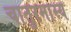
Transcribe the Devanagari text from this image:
चातुरमास्य